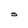
Character: S